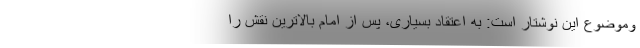
وموضوع این نوشتار است: به اعتقاد بسیاری، پس از امام بالاترین نقش را